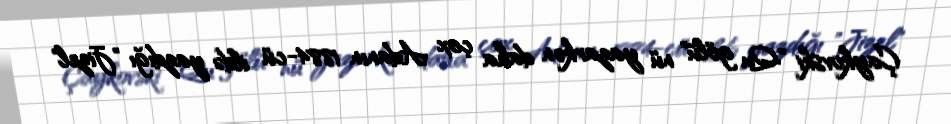
Çaykovski "Qu gölü" nü yazarkən daha çox Adanın 1884-cü ildə yazdığı "Jizel"